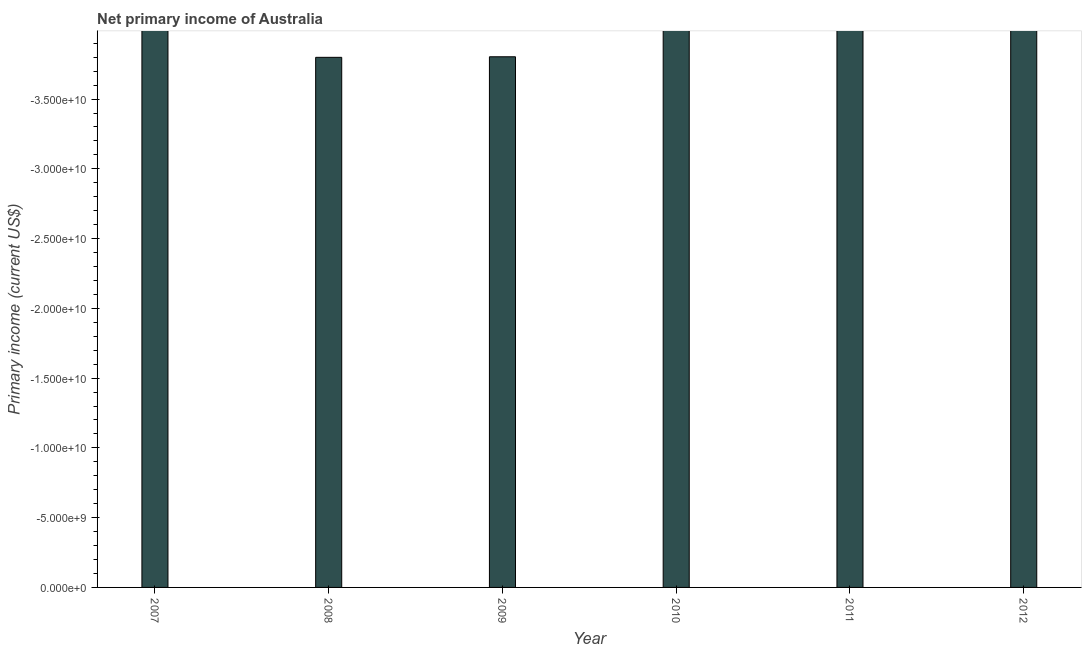
| Year | Net primary income |
 | --- | --- |
 | 2007 | -4.12e+10 |
 | 2008 | -3.8e+10 |
 | 2009 | -3.8e+10 |
 | 2010 | -4.93e+10 |
 | 2011 | -5.45e+10 |
 | 2012 | -4.11e+10 |